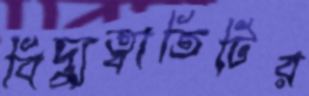
বিদ্যুত্বাতিটির